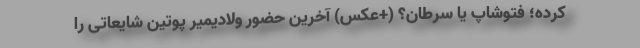
کرده؛ فتوشاپ یا سرطان؟ (+عکس) آخرین حضور ولادیمیر پوتین شایعاتی را